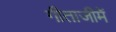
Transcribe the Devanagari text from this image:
गीताजीमें